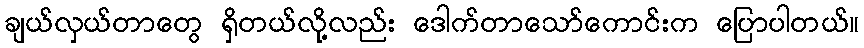
ချယ်လှယ်တာတွေ ရှိတယ်လို့လည်း ဒေါက်တာသော်ကောင်းက ပြောပါတယ်။